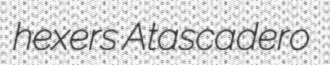
hexers Atascadero